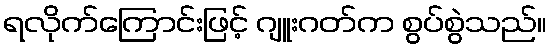
ရလိုက်ကြောင်းဖြင့် ဂျူးဂတ်က စွပ်စွဲသည်။